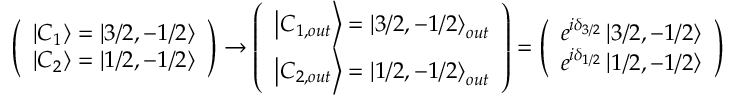
\left( \begin{array} { l } { { \left| C _ { 1 } \right\rangle = \left| 3 / 2 , - 1 / 2 \right\rangle } } \\ { { \left| C _ { 2 } \right\rangle = \left| 1 / 2 , - 1 / 2 \right\rangle } } \end{array} \right) \rightarrow \left( \begin{array} { l } { { \left| C _ { 1 , o u t } \right\rangle = \left| 3 / 2 , - 1 / 2 \right\rangle _ { o u t } } } \\ { { \left| C _ { 2 , o u t } \right\rangle = \left| 1 / 2 , - 1 / 2 \right\rangle _ { o u t } } } \end{array} \right) = \left( \begin{array} { l } { { e ^ { i \delta _ { 3 / 2 } } \left| 3 / 2 , - 1 / 2 \right\rangle } } \\ { { e ^ { i \delta _ { 1 / 2 } } \left| 1 / 2 , - 1 / 2 \right\rangle } } \end{array} \right)